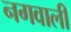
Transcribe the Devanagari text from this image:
नगवाली